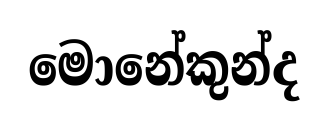
මොනේකුන්ද